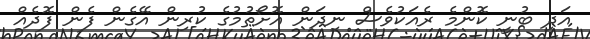
އަދި ބުނީ ކޮންމެ ރެއަކުވެސް ނިދަން އޮށޯތުމުގެ ކުރިން އޭގެން ފެން ފޮދެއް